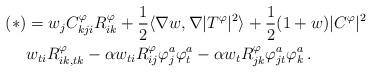
LaTeX: \begin{align*}(\ast) & = w_jC^\varphi_{kji}R^\varphi_{ik} + \frac{1}{2} \langle \nabla w,\nabla |T^\varphi|^2 \rangle + \frac{1}{2}(1+w)|C^\varphi|^2 \\ & w_{ti}R^\varphi_{ik,tk} - \alpha w_{ti} R^\varphi_{ij} \varphi^a_j \varphi^a_t - \alpha w_t R^\varphi_{jk}\varphi^a_{jt} \varphi^a_k \, .\end{align*}